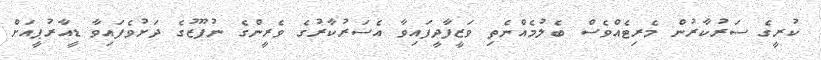
ކުރީގެ ސަރުކާރުން މެރިޓެއްވެސް ބެލުމެއްނެތި ވަޒީފާދީފައިވާ އެސަރުކާރުގެ ވެރީންގެ ނުފޫޒުގެ ދަށުވެފައިވާ ޑީއާރުޕީއަށް